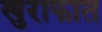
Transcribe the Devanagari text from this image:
खुराफात